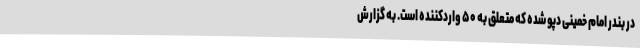
در بندر امام خمینی دپو شده که متعلق به ۵۰ واردکننده است. به گزارش